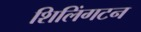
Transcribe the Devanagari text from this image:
शिलिंगटन